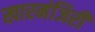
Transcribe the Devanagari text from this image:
खारमंजिरी